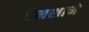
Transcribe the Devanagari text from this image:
स्मशाने